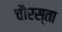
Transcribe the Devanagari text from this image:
चौरस्ता